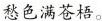
愁色满苍梧。